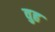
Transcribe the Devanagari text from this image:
वुह